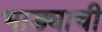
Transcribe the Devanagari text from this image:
भाड्याची